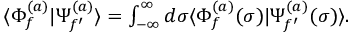
\begin{array} { r } { \langle \Phi _ { f } ^ { ( a ) } | \Psi _ { f ^ { \prime } } ^ { ( a ) } \rangle = \int _ { - \infty } ^ { \infty } d \sigma \langle \Phi _ { f } ^ { ( a ) } ( \sigma ) | \Psi _ { f ^ { \prime } } ^ { ( a ) } ( \sigma ) \rangle . } \end{array}